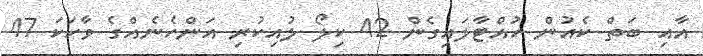
އާއި ބަތް ކެއުން ހުއްޓާލައިގެން 42 ކިލޯ ލުއިކުރި އަންހެނެއްގެ ވާހަކަ 47